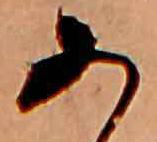
あ